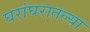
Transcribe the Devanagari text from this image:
घरांघरातल्या